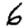
Digit: 6